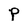
Character: p